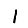
Digit: 1